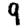
Digit: 9